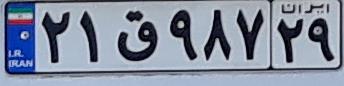
۲۱ق۹۸۷۲۹